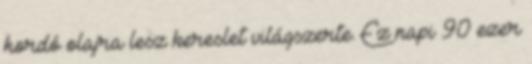
hordó olajra lesz kereslet világszerte. Ez napi 90 ezer